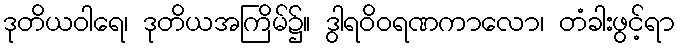
ဒုတိယဝါရေ၊ ဒုတိယအကြိမ်၌။ ဒွါရဝိဝရဏကာလော၊ တံခါးဖွင့်ရာ